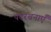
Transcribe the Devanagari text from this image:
पदरचनाएँ